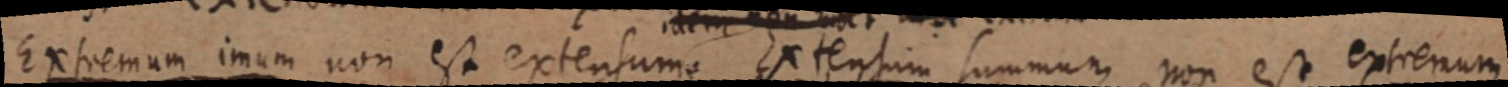
Extremum imum non est extensume Extensum summum non est extremum